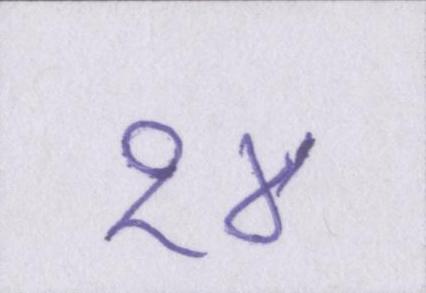
१४